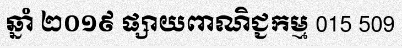
ឆ្នាំ ២០១៩ ផ្សាយពាណិជ្ជកម្ម 015 509